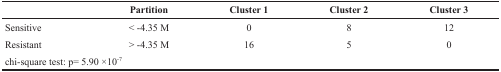
|  | Partition | Cluster 1 | Cluster 2 | Cluster 3 |
 | --- | --- | --- | --- | --- |
 | Sensitive | < -4.35 M | 0 | 8 | 12 |
 | Resistant | > -4.35 M | 16 | 5 | 0 |
 | <COLSPAN=5> chi-square test: p= 5.90 ×10-7 |